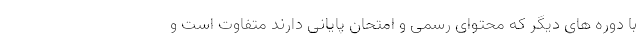
با دوره های دیگر که محتوای رسمی و امتحان پایانی دارند متفاوت است و